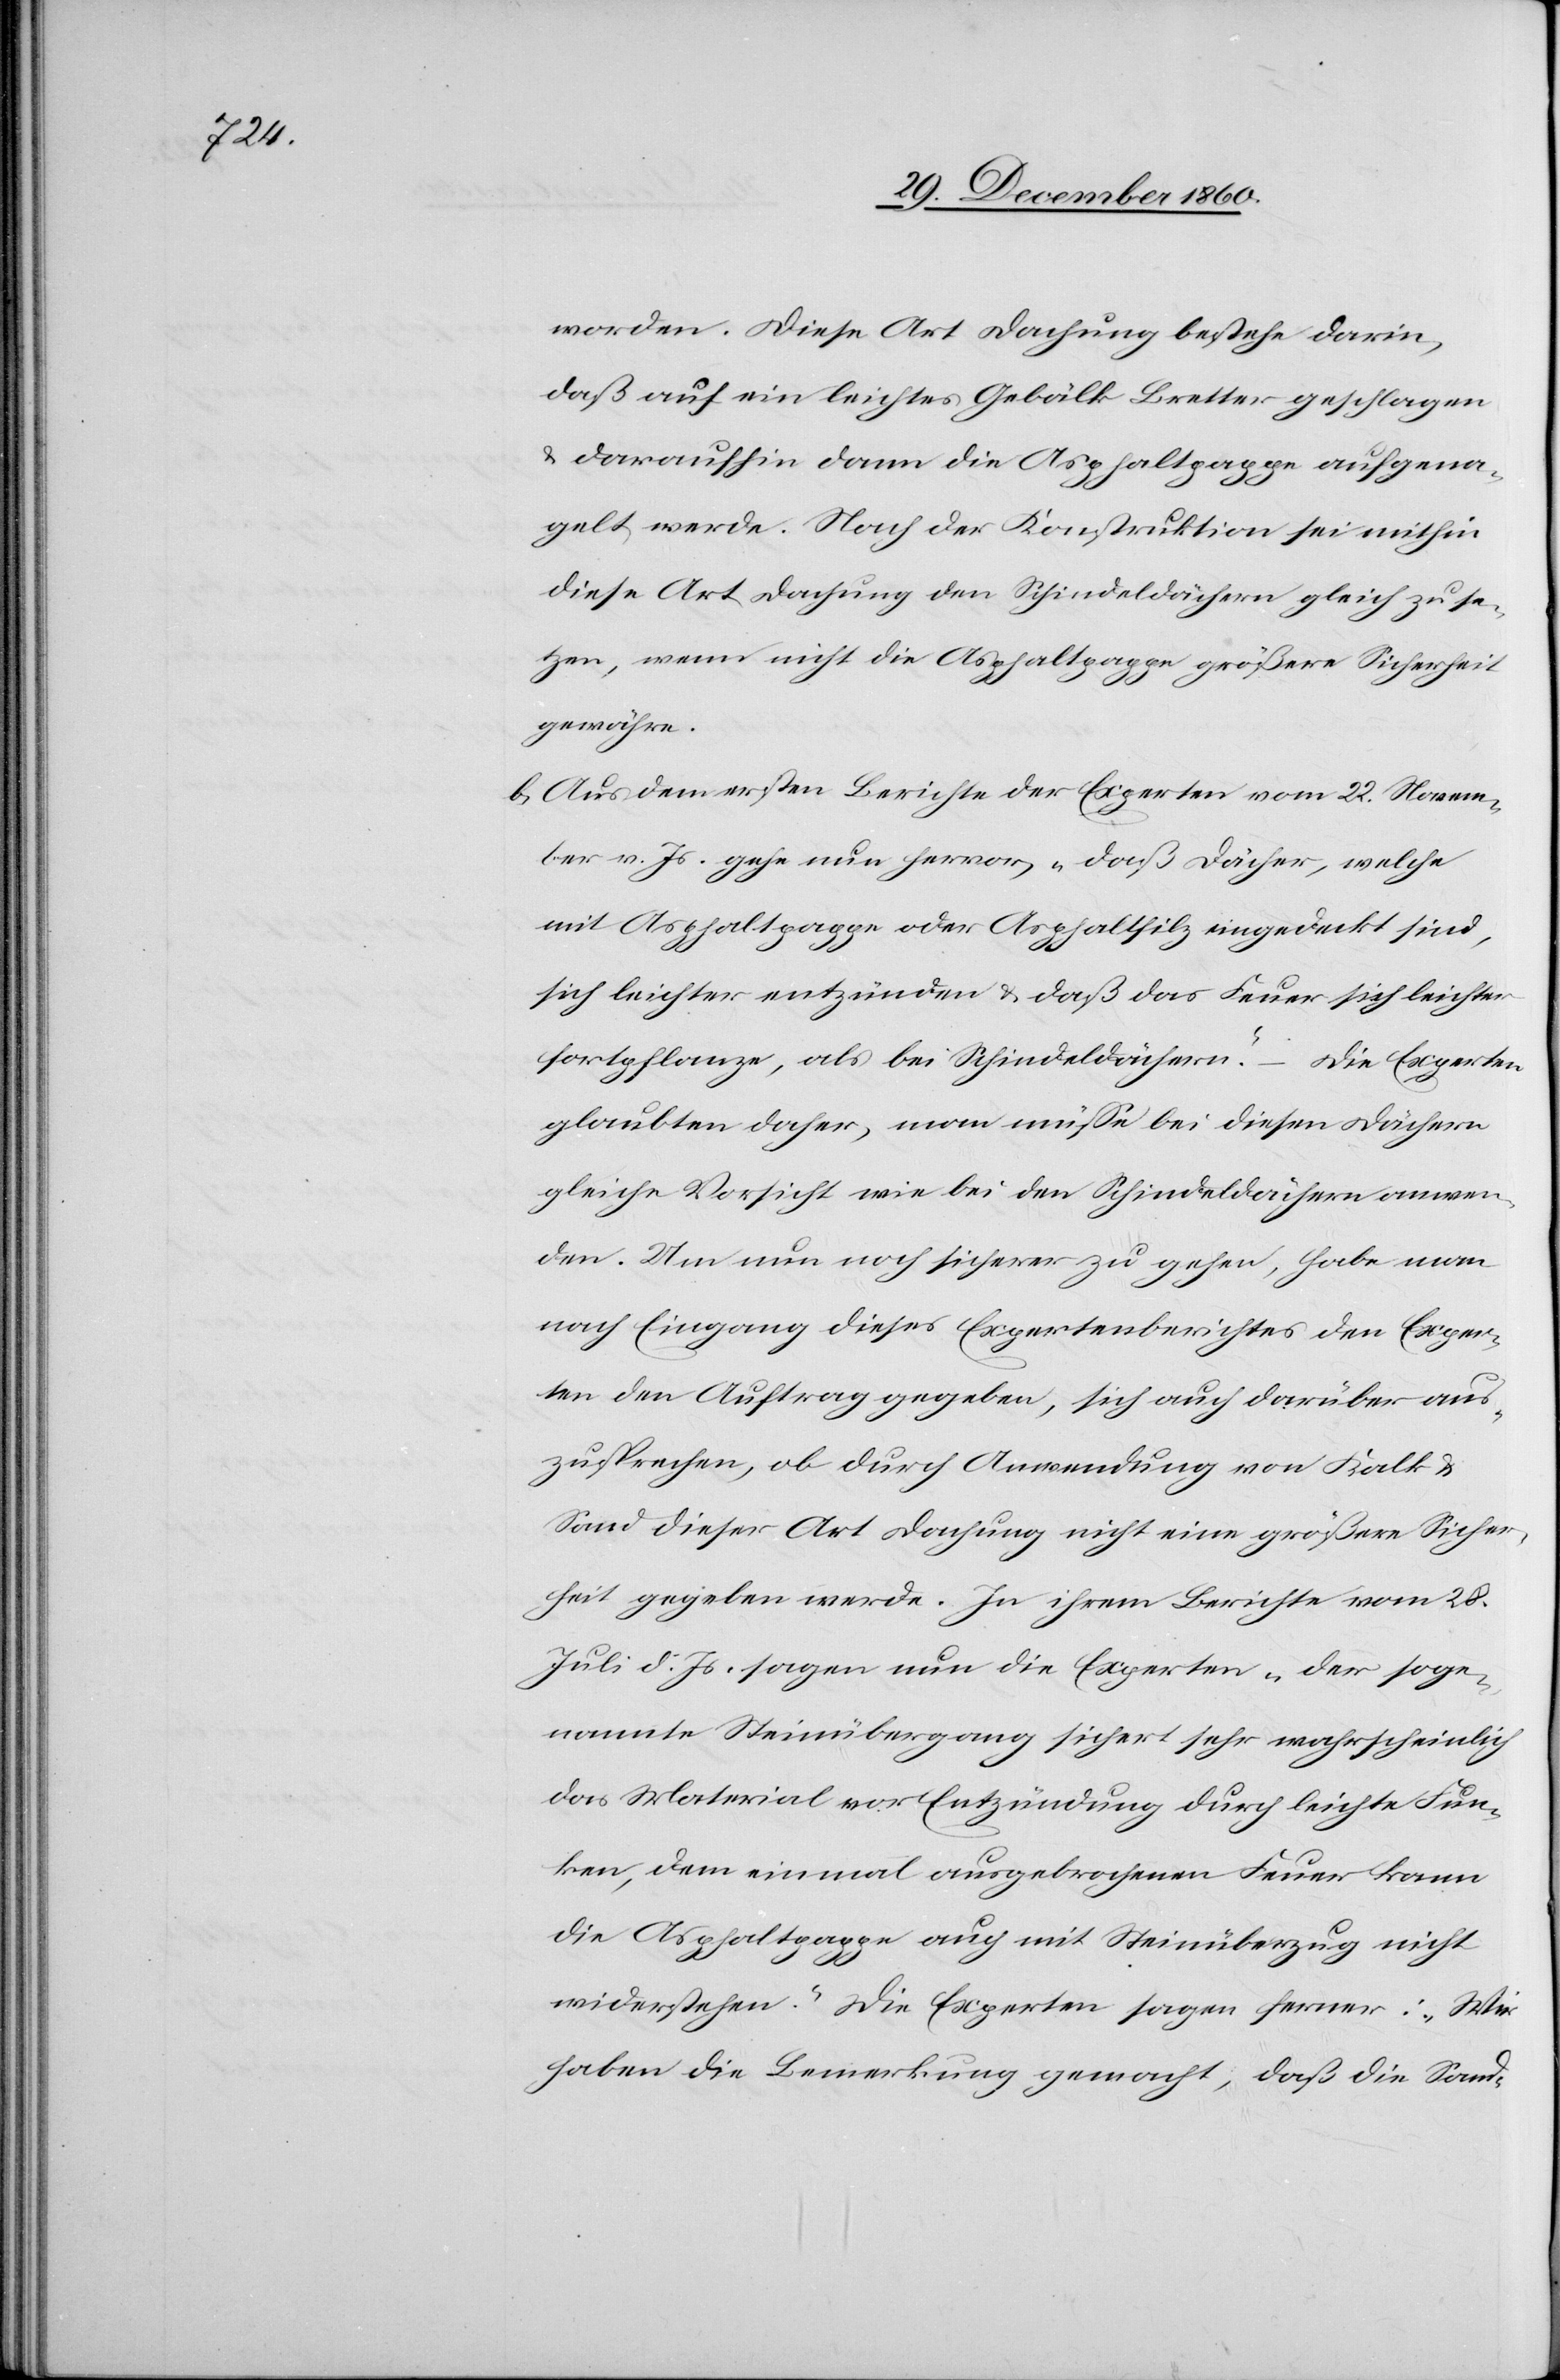
worden. Diese Art Dachung bestehe darin,
daß auf ein leichtes Gebälk Bretter geschlagen
u. daraufhin dann die Asphaltpappe aufgena¬
gelt werde. Nach der Konstruktion sei mithin
diese Art Dachung den Schindeldächern gleich zu se¬
tzen, wenn nicht die Asphaltpappe größere Sicherheit
gewähre.
b. Aus dem ersten Berichte der Experten vom 22. Novem¬
ber v. Js. gehe nun hervor, „daß Dächer, welche
mit Asphaltpappe oder Asphaltfilz eingedeckt sind,
sich leichter entzünden u. daß das Feuer sich leichter
fortpflanze, als bei Schindeldächern.“ – Die Experten
glaubten daher, man müsse bei diesen Dächern
gleiche Vorsicht wie bei den Schindeldächern anwen¬
den. Um nun noch sicherer zu geben, habe man
nach Eingang dieses Expertenberichtes den Exper¬
ten den Auftrag gegeben, sich auch darüber aus¬
zusprechen, ob durch Anwendung von Kalk u.
Sand dieser Art Dachung nicht eine größere Sicher¬
heit gegeben werde. In ihrem Berichte vom 28.
Juli d. Js. sagen nun die Experten „der soge¬
nannte Steinübergang sichert sehr wahrscheinlich
das Notariat vor Entzündung durch leichte Fun¬
ken, dem einmal ausgebrochenen Feuer kann
die Asphaltpappe auch mit Steinüberzug nicht
widerstehen.“ Die Experten sagen ferner: „Wir
haben die Bemerkung gemacht, daß die Sand-